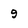
Character: 9